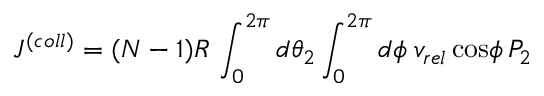
J ^ { ( c o l l ) } = ( N - 1 ) R \, \int _ { 0 } ^ { 2 \pi } d \theta _ { 2 } \int _ { 0 } ^ { 2 \pi } d \phi \; v _ { r e l } \, \mathrm { c o s } \phi \, P _ { 2 }